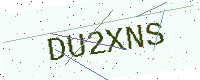
Text: DU2XNS